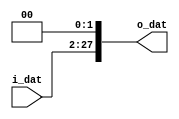
`timescale 1ns / 1ps

/* Shift left a 26-bit input by 2 */
/* Maybe we need to extend it to 32-bit */

module shift_left_two_26_to_28(
    input       [25:0]      i_dat,
    output      [27:0]      o_dat
    );

    assign o_dat = {i_dat, 2'b00};
endmodule